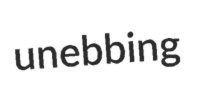
unebbing